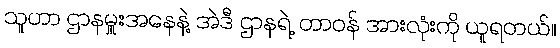
သူဟာ ဌာနမှူးအနေနဲ့ အဲဒီ ဌာနရဲ့ တာဝန် အားလုံးကို ယူရတယ်။